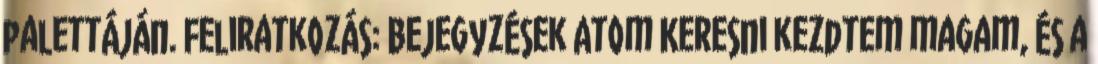
palettáján. Feliratkozás: Bejegyzések Atom Keresni kezdtem magam, és a